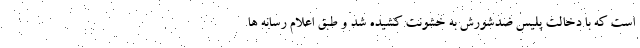
است که با دخالت پلیس ضدشورش به خشونت کشیده شد و طبق اعلام رسانه ها